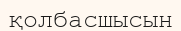
қолбасшысын